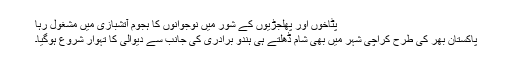
پٹاخوں اور پھلجڑیوں کے شور میں نوجوانوں کا ہجوم آتشبازی میں مشغول رہا
پاکستان بھر کی طرح کراچی شہر میں بھی شام ڈھلتے ہی ہندو برادری کی جانب سے دیوالی کا تہوار شروع ہوگیا۔